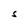
Character: S